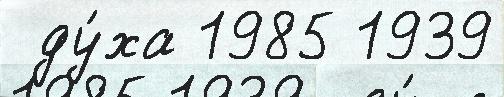
 ду́ха 1985 1939